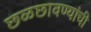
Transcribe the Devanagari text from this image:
छळछावण्यांची